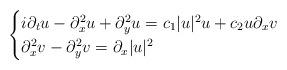
LaTeX: \begin{align*}\begin{cases}i\partial_tu-\partial_x^2u+\partial_y^2u=c_1|u|^2u+c_2u\partial_x v\\\partial_x^2 v-\partial_y^2 v=\partial_x|u|^2\end{cases}\end{align*}